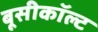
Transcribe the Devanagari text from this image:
बूसीकॉल्ट